Indian Medical Review
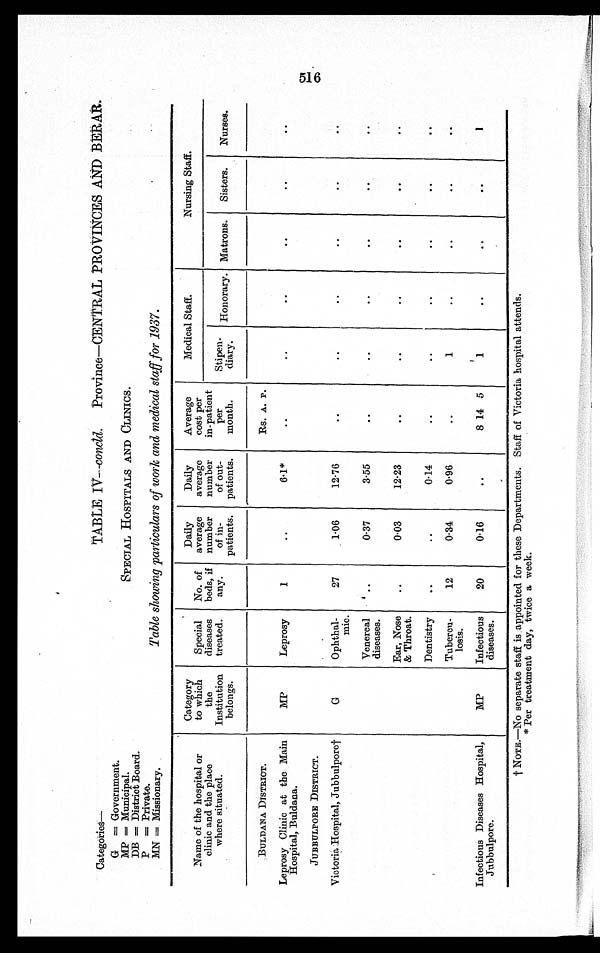
SPECIAL HOSPITALS AND CLINICS.
Table showing particulars of work and medical staff for 1937.
Categories—
G = Government.
MP = Municipal.
DB = District Board.
P = Private.
MN = Missionary.
TABLE IV— concld .
Province—CENTRAL PROVINCES AND BERAR.
Name of the hospital or
clinic and the place
where situated.
Category
to which
the
Institution
belongs.
Special
diseases
treated.
No. of
beds, if
any.
Daily
average
number
of in-
patients.
Daily
average
number
of out-
patients.
Average
cost per
in-patient
per
month.
Medical Staff.
Nursing Staff.
Stipen
-
diary. Honorary. Matrons. Sisters.
Nurses.
BULDANA DISTRICT.
Rs. A. P.
Leprosy Clinic at the Main
Hospital, Buldana.
MP
Leprosy
1
..
6.1*
..
..
..
..
..
..
JUBBULPORE DISTRICT.
Victoria Hospital, Jubbulpore†
G
Ophthal-
mic.
27
1.06
12.76
..
..
..
..
..
..
Venereal
diseases.
..
0.37
3.55
..
..
..
..
..
..
Ear, Nose
& Throat.
..
0.03
12.23
..
..
..
..
..
..
Dentistry
..
..
0.14
..
..
..
..
..
..
Tubercu-
losis.
12
0.34
0.96
..
1
..
..
..
..
Infectious Diseases Hospital,
Jubbulpore.
MP
Infectious
diseases.
20
0.16
..
8 14 5
1
..
..
..
1
† NOTE.—No separate staff is appointed for these Departments. Staff of Victoria hospital attends.
* Per treatment day, twice a week.